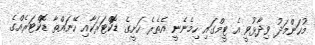
މުހަންމަދު ވިދާޅުވީ އެ ޓީމްގައި ހިމެނެނީ އެތެރެ ހަށީގެ ޑޮކްޓަރަކާއި ހޭނައްތާ ޑޮކްޓަރެއްގެ